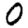
Digit: 0